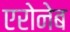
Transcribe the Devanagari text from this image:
एरोनेब